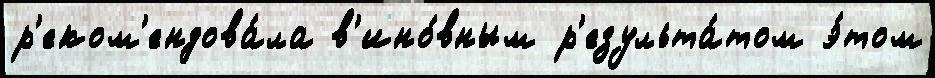
р'еком'ендова́ла в'ино́вным р'езульта́том э́том